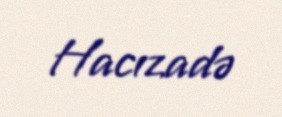
Hacızadə